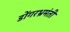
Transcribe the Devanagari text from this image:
डोंगरभ्रमंती